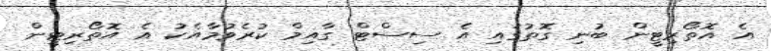
އެ އޮތޯރިޓީން ބުނި ގޮތުގައި އެ ސިސްޓް ގާއިމް ކުރެވުމާއެކު އެ އޮތޯރިޓީން